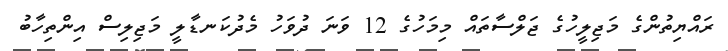
ރައްޔިތުންގެ މަޖިލީހުގެ ޖަލްސާތައް މިމަހުގެ 12 ވަނަ ދުވަހު މެދުކަނޑާލީ މަޖިލިސް އިންތިހާބު